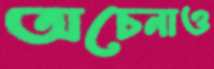
অচেনাও